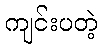
ကျင်းပတဲ့